system: You are a helpful assistant.
user:
Analyze the provided spectrum to determine if it is a **S-type Star**.

- **Key Indicators for S-type Star:**

    - **(Overall Spectrum Shape):** The first and most obvious characteristic is the overall continuum (the "baseline" shape). It is **extremely "red-sloping,"** meaning the flux (light intensity) is very low on the left side (blue, ~4000-4500 Å) and rises steeply and continuously toward the right side (red, ~7000 Å+).

    - **(Primary):** The spectrum is defined by the presence of strong, broad molecular absorption "valleys" (bands) from **Zirconium Oxide (ZrO)**. The identification of these bands is the **primary requirement** for classifying a star as S-type.
        - **(Key Bandheads):** You must find distinct, deep "dips" where the light has been absorbed. The most critical band systems to locate are:
            - **~6474 Å** ($\gamma$-system): This is often the strongest and clearest ZrO feature, found in the red part of the spectrum.
            - **~5718 Å** & **~5551 Å** ($\beta$-system): A pair of prominent absorption features in the yellow-orange part of the spectrum.
            - **~4640 Å** ($\alpha$-system): A key absorption band system in the blue-green region of the spectrum.

    - **(Secondary Confirmation):** The classification is strengthened by finding additional absorption bands from other related heavy element oxides, which are expected to be present alongside ZrO.
        - **(Key Bandheads):**
            - **Yttrium Oxide (YO):** Look for absorption dips near **~4800 Å** and **~6100 Å**.
            - **Lanthanum Oxide (LaO):** Additional absorption features, particularly in the red-orange part of the spectrum, are also characteristic.

    - **(Line Profile):** The combination of the steep red continuum and these numerous, deep molecular bands (ZrO, YO, etc.) gives the entire spectrum a very **"chopped-up"** or **"bumpy"** appearance. Instead of a smooth curve, the spectrum looks as though large, wide chunks of light have been "carved out" of it at the specific wavelengths listed above.

Think first, call **spectral_visualization_tool** if needed to examine features in detail, then provide your final answer. Your response must adhere to the following strict rules:
1.  **Overall Structure:** Your response must follow the format `<think>...</think> <tool_call>...</tool_call> (if a tool is used) <answer>...</answer>`.
2.  **Tool Usage Constraint:** You may only make **one** tool call per turn.
3.  **Final Answer Format:** In the `<answer>` tag, your conclusion must be inside a `\boxed{}` command (e.g., `\boxed{YES}` or `\boxed{NO}`), followed by your justification.

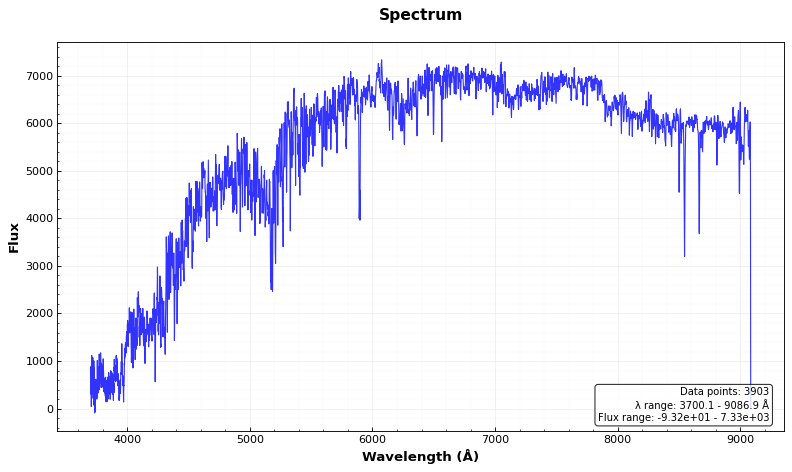
Answer: NO